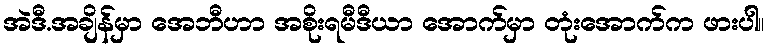
အဲဒီ.အချိန်မှာ အေဘီဟာ အစိုးရမီဒီယာ အောက်မှာ တုံးအောက်က ဖားပါ။